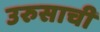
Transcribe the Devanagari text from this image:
उरुसाची